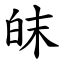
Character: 皌